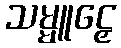
သမ္မူဠှေ